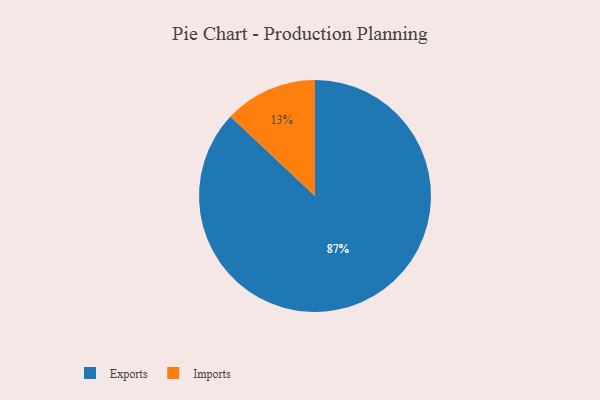
{"axis": {"x": "Category", "y": "Percentage"}, "legend": ["Exports", "Imports"], "data": [{"x": "Imports", "y": 13, "type": "Imports"}, {"x": "Exports", "y": 87, "type": "Exports"}]}